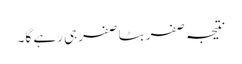
نتیجہ صفر بٹا صفرہی رہے گا۔